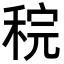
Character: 𫀶